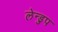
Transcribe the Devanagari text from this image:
लेन्डुप